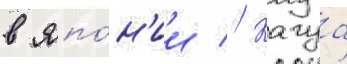
в япо́н'ии // Кагуа